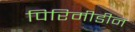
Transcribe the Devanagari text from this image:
पिरिमीडीन